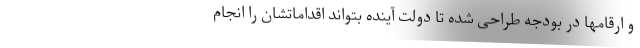
و ارقامها در بودجه طراحی شده تا دولت آینده بتواند اقداماتشان را انجام